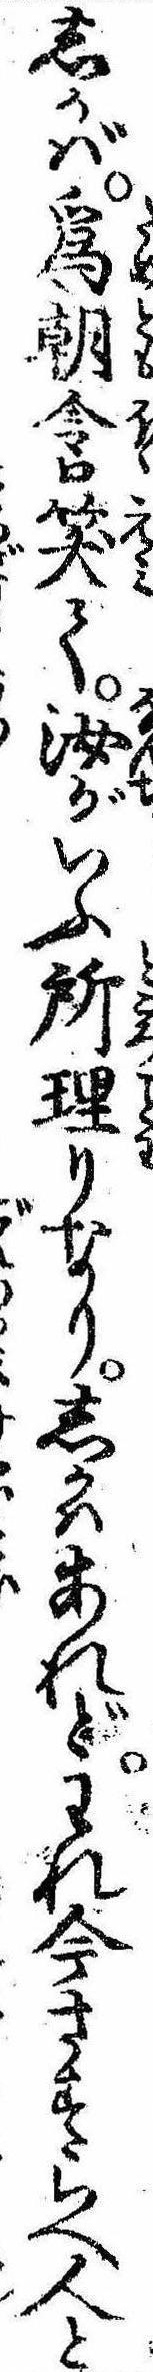
しかば為朝含笑て汝がいふ所理りなりしかはあれどわれ今さすらへ人と